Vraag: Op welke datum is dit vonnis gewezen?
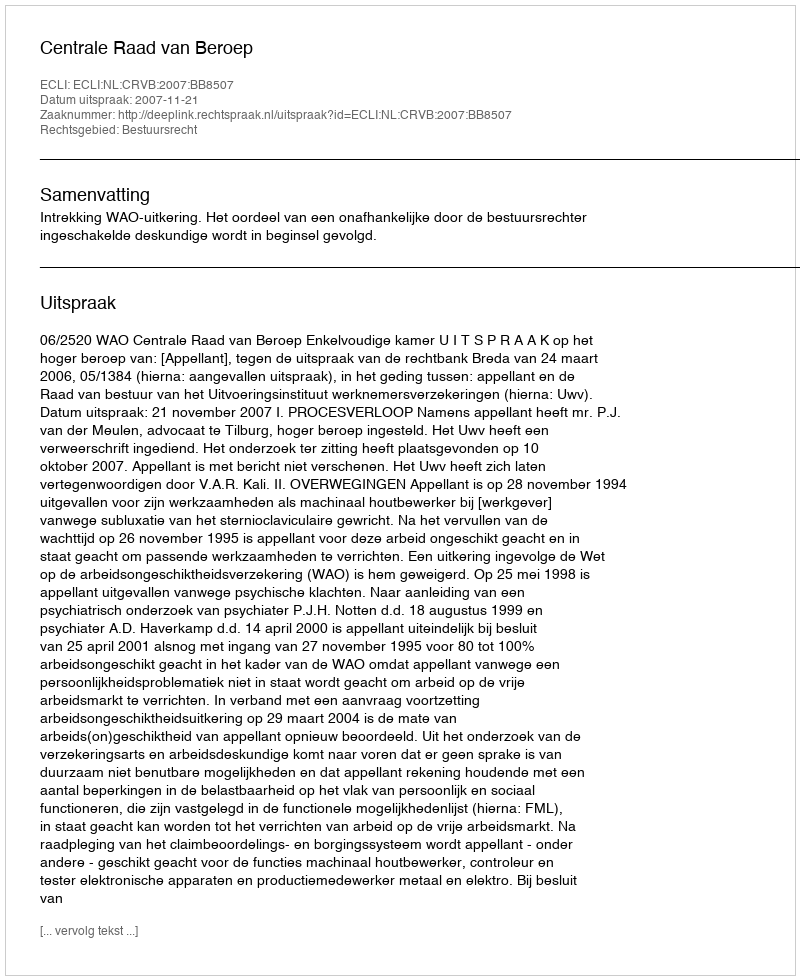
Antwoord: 2007-11-21